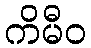
ကိမီဝ